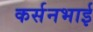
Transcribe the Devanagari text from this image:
कर्सनभाई